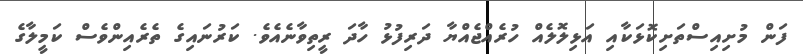
ފަން މުށިއިސްތަށިކޮޅަކާއި އަޅިލޮލެއް ހުރެއްޖެއްޔާ ދަރިފުޅު ހާދަ ރީތިވާނެއެވެ. ކަރުނައިގެ ތެރެއިންވެސް ކަމީލާގެ